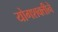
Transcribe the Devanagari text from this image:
योगशक्तीने